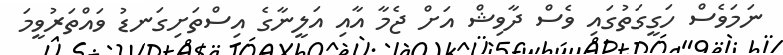
ނަމަވެސް ހަގީގަތުގައި ވެސް ދާވިޝް އަށް ޖެމާ އާއި އަލީނާގެ އިސްތަށިގަނޑު ވައްތަރުވީމަ